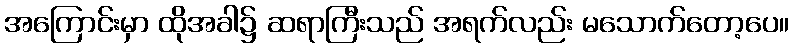
အကြောင်းမှာ ထိုအခါ၌ ဆရာကြီးသည် အရက်လည်း မသောက်တော့ပေ။